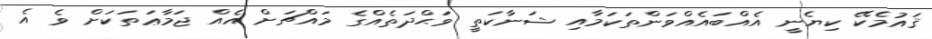
ޤައުމެކޭ ކިޔެނީ އެއްބައެއްވަންތަކަމާއި ޝަނާކަތީ ވަޙްދަތެއްގެ މައްޗަށް އެއް ޖަމާޢަތަކަށް ވެ އެ